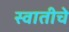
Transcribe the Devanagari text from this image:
स्वातीचे